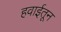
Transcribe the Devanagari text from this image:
हवाईतून